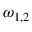
\omega _ { 1 , 2 }